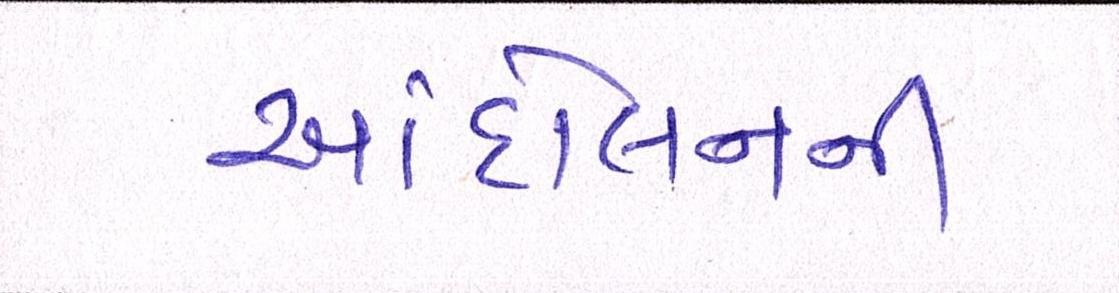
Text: આંદોલનની